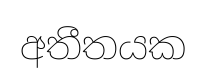
අතීතයක